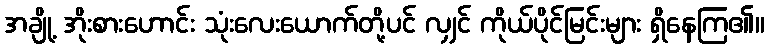
အချို့ အိုးစားဟောင်း သုံးလေးယောက်တို့ပင် လျှင် ကိုယ်ပိုင်မြင်းများ ရှိနေကြ၏။